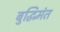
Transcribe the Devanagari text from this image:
बुद्धिमंत